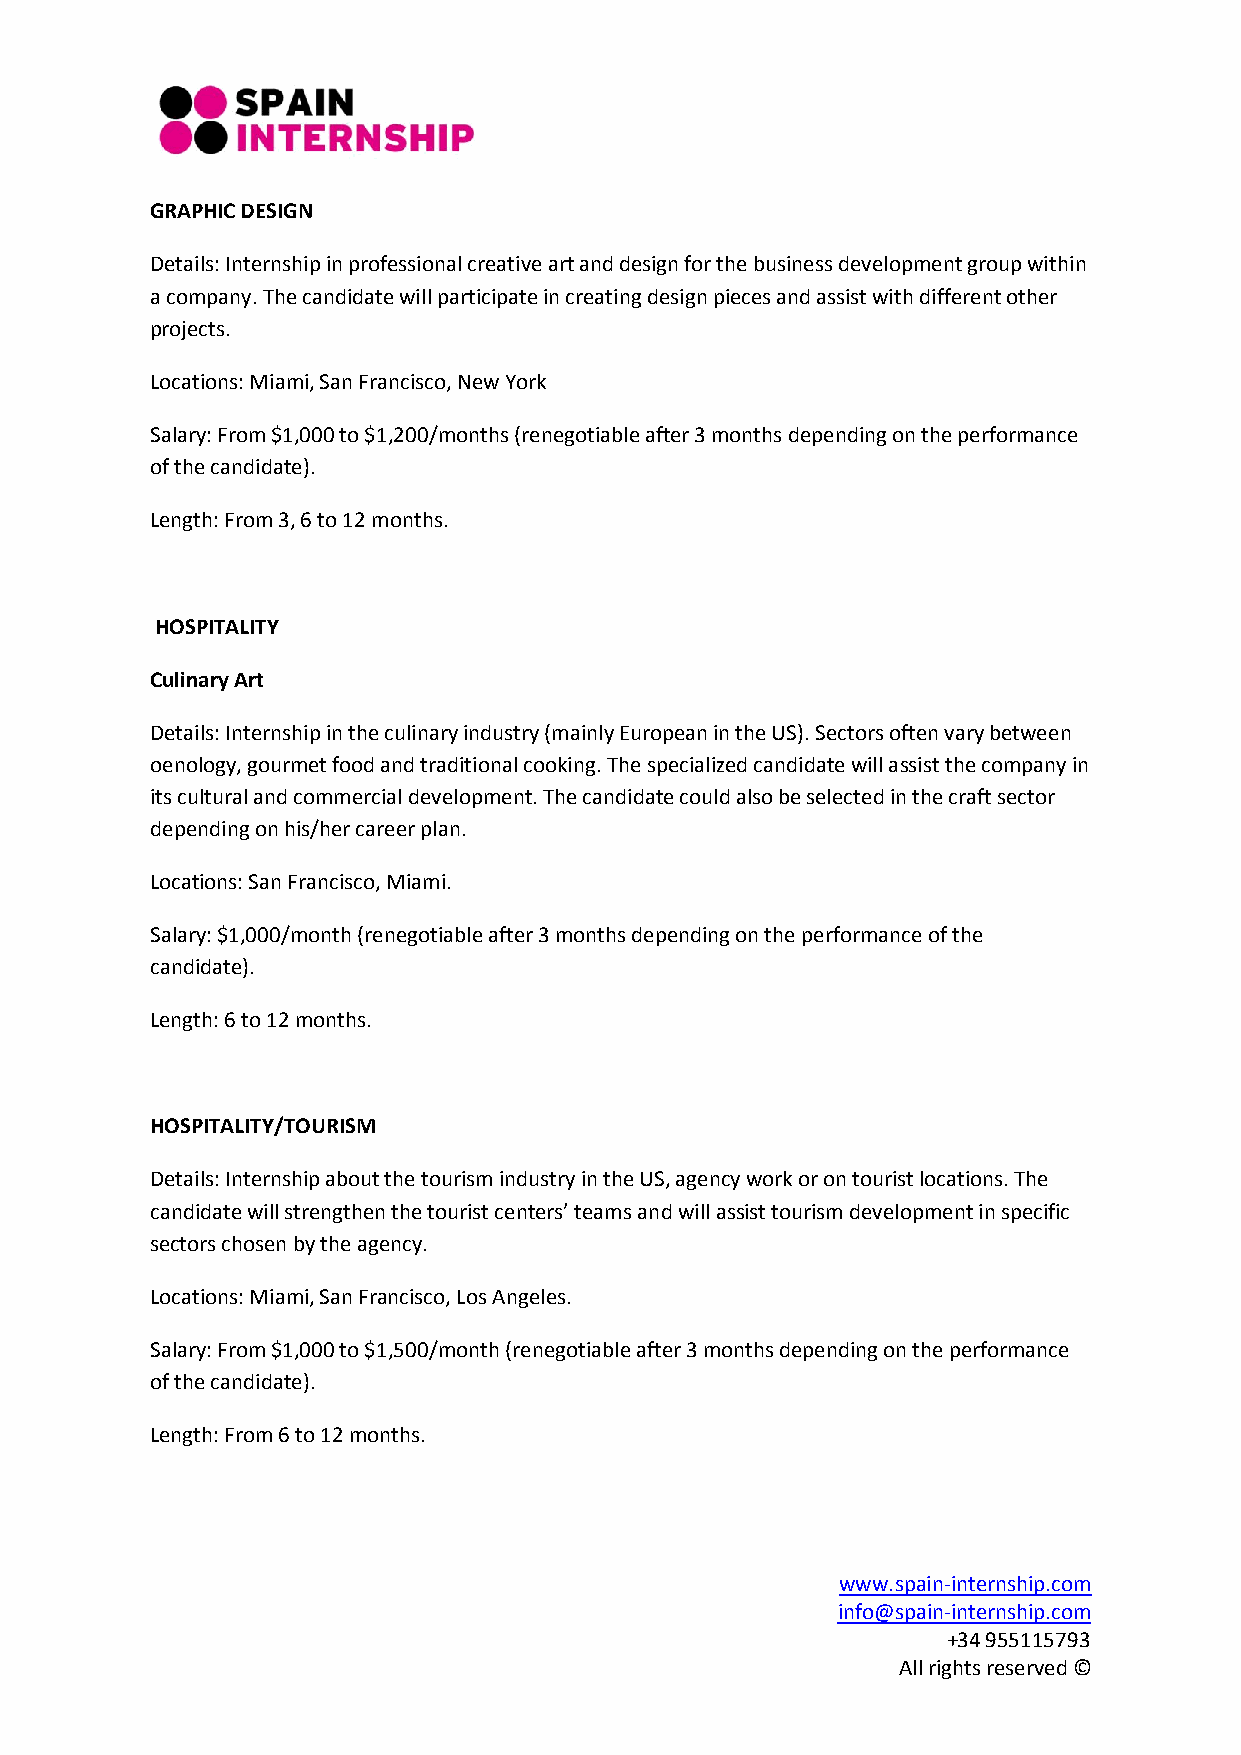
GRAPHIC DESIGN
 Details: Internship in professional creative art and design for the business development group within
 a company. The candidate will participate in creating design pieces and assist with different other
 projects.
 Locations: Miami, San Francisco, New York
 Salary: From $1,000 to $1,200/months (renegotiable after 3 months depending on the performance
 of the candidate).
 Length: From 3, 6 to 12 months.
 HOSPITALITY
 Culinary Art
 Details: Internship in the culinary industry (mainly European in the US). Sectors often vary between
 oenology, gourmet food and traditional cooking. The specialized candidate will assist the company in
 its cultural and commercial development. The candidate could also be selected in the craft sector
 depending on his/her career plan.
 Locations: San Francisco, Miami.
 Salary: $1,000/month (renegotiable after 3 months depending on the performance of the
 candidate).
 Length: 6 to 12 months.
 HOSPITALITY/TOURISM
 Details: Internship about the tourism industry in the US, agency work or on tourist locations. The
 candidate will strengthen the tourist centers’ teams and will assist tourism development in specific
 sectors chosen by the agency.
 Locations: Miami, San Francisco, Los Angeles.
 Salary: From $1,000 to $1,500/month (renegotiable after 3 months depending on the performance
 of the candidate).
 Length: From 6 to 12 months.
 www.spain-internship.com
 info@spain-internship.com
 +34 955115793
 All rights reserved ©